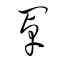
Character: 罩